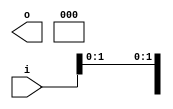
/* Generated by Yosys 0.27+9 (git sha1 101d19bb6, gcc 11.2.0-7ubuntu2 -fPIC -Os) */

(* top =  1  *)

module bsg_concentrate_static(i, o);
  
  input [63:0] i;
  wire [63:0] i;
  
  output [12:0] o;
  wire [12:0] o;
  assign { i[14:13], i[11:10], i[8:7], i[5:2], i[0] } = { i[15], i[15], i[15], i[15], i[15], i[15], i[15], i[15], i[15], i[15], i[15] };
  assign o = { 11'h0xx, i[1], i[15] };
endmodule